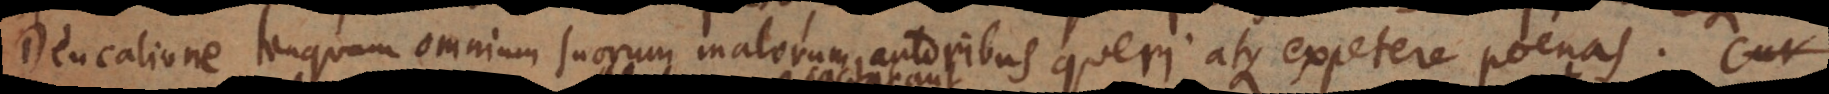
Deucalione tanquam omnium suorum malorum autoribus queri atque expetere poenas. Cur